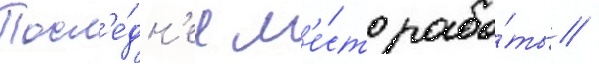
Посл'е́дн'ее м'е́сто рабо́ты /